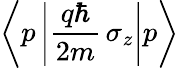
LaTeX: \left\langle p\left|{\frac{q\hbar}{2m}}\, \sigma_{z}\right|p\right\rangle